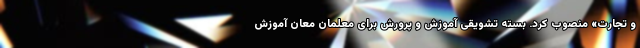
و تجارت» منصوب کرد. بسته تشویقی آموزش و پرورش برای معلمان معان آموزش